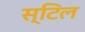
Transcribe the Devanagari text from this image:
स्‍टिल